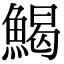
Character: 𩹄